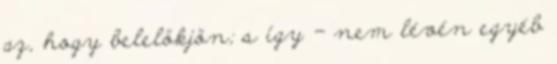
az, hogy belelökjön; s így - nem lévén egyéb